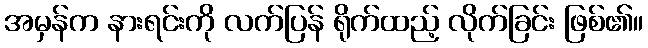
အမှန်က နားရင်းကို လက်ပြန် ရိုက်ထည့် လိုက်ခြင်း ဖြစ်၏။